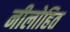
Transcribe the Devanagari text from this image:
नीलोहित